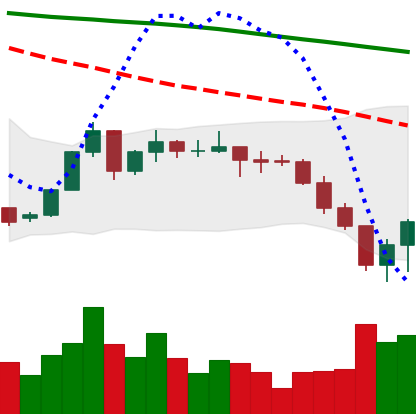
Ticker: XLM-USD
Chart end date: 2022-06-15
Forward return: -6.097%
Label: down_5_7